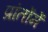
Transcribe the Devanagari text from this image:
प्रांतोंमें